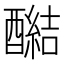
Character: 𰼔